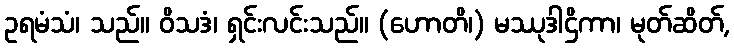
ဥရမံသံ၊ သည်။ ဝိသဒံ၊ ရှင်းလင်းသည်။ (ဟောတိ၊) မဿုဒါဌိကာ၊ မုတ်ဆိတ်,